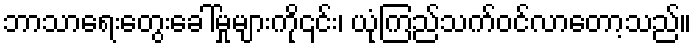
ဘာသာရေးတွေးခေါ်မှုများကို၎င်း၊ ယုံကြည်သက်ဝင်လာတော့သည်။